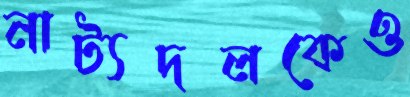
নাট্যদলকেও